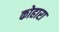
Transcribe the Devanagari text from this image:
कोहारा